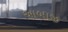
આબાજી